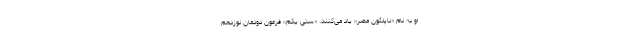
او به نام «ناپلئون مصر» یاد می‌کنند. «ستی یکم» فرعون دودمان نوزدهم